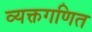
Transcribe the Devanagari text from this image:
व्यक्तगणित